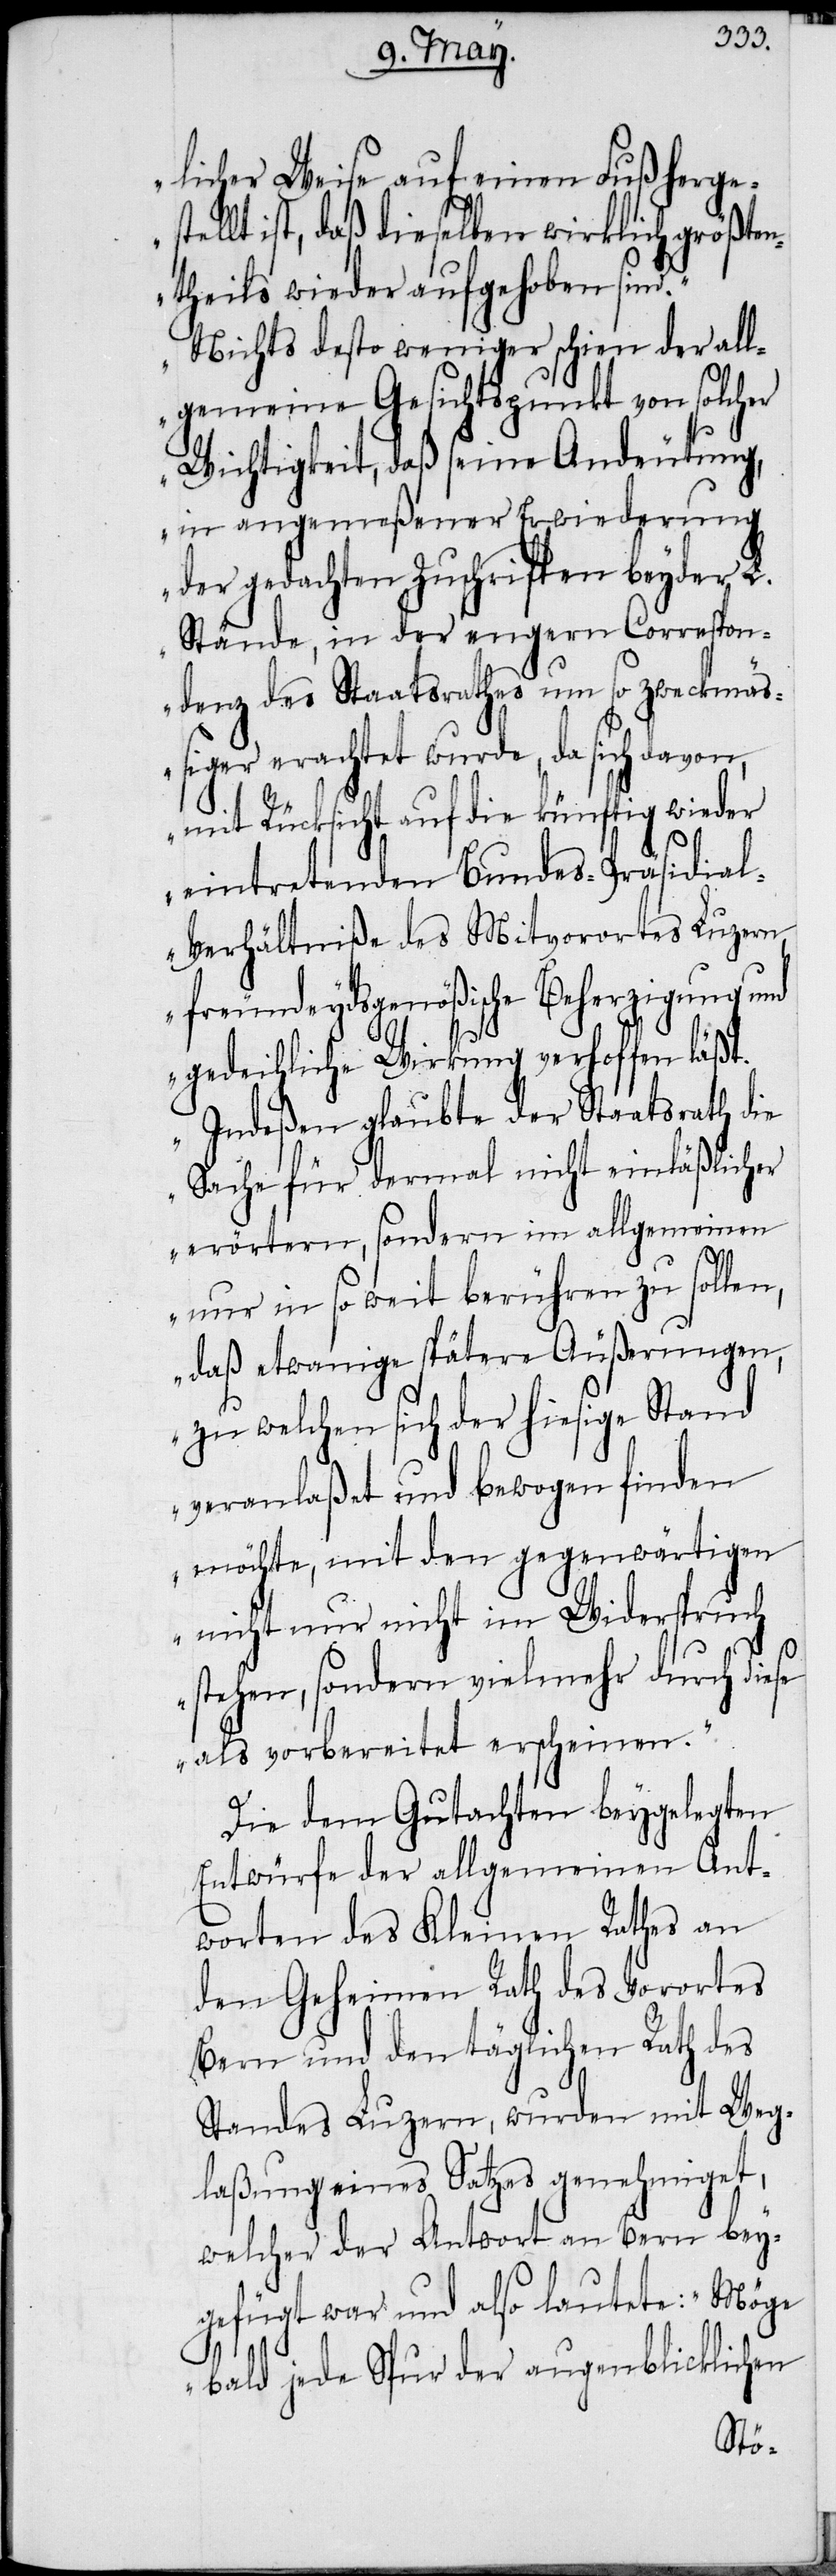
licher Weise auf einen Fuß herges¬
tellt ist, daß dieselben wirklich größten¬
theils wieder aufgehoben sind.“
„Nichts desto weniger schien der all¬
gemeine Gesichtspunkt von solcher
Wichtigkeit, daß seine Andeutung,
in angemeßener Erwiederung
der gedachten Zuschriften beyder L.
Stände, in der engern Correspon¬
denz des Staatsrathes um so zweckmäß¬
iger erachtet wurde, da sich davon,
mit Rücksicht auf die künftig wieder
eintretenden Bundes-Präsidia¬
l-Verhältniße des Mitvorortes Luzern,
freundeydsgenößische Beherzigung und
gedeihliche Wirkung verhoffen läßt.
Indeßen glaubte der Staatsrath die
Sache für dermal nicht einläßlicher
erörtern, sondern im allgemeinen
nur in so weit berühren zu sollen,
daß etwanige spätere Äußerungen,
zu welchen sich der hiesige Stand
veranlaßet und bewogen finden
möchte, mit den gegenwärtigen
nicht nur nicht im Widerspruch
stehen, sondern vielmehr durch diese
als vorbereitet erscheinen.“
Die dem Gutachten beygelegten
Entwürfe der allgemeinen Ant¬
worten des Kleinen Rathes an
den Geheimen Rath des Vorortes
Bern und den täglichen Rath des
Standes Luzern, wurden mit Weg¬
laßung eines Satzes genehmiget,
welcher der Antwort an Bern bey¬
gefügt war und also lautete: „Möge
bald jede Spur der augenblicklichen